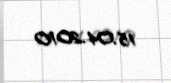
15.04.2010